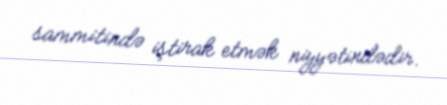
sammitində iştirak etmək niyyətindədir.